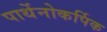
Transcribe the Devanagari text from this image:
पार्थेनोकर्पिक